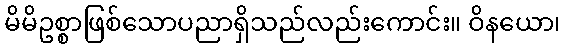
မိမိဥစ္စာဖြစ်သောပညာရှိသည်လည်းကောင်း။ ဝိနယော၊